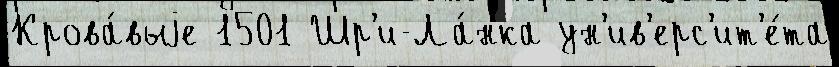
Крова́выjе 1501 Шр'и-Ла́нка ун'ив'ерс'ит'е́та